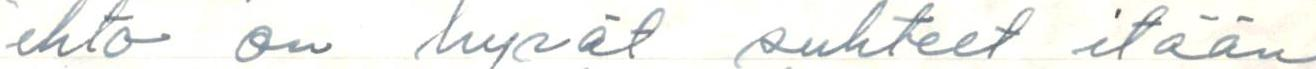
ehto on hyvät suhteet itään